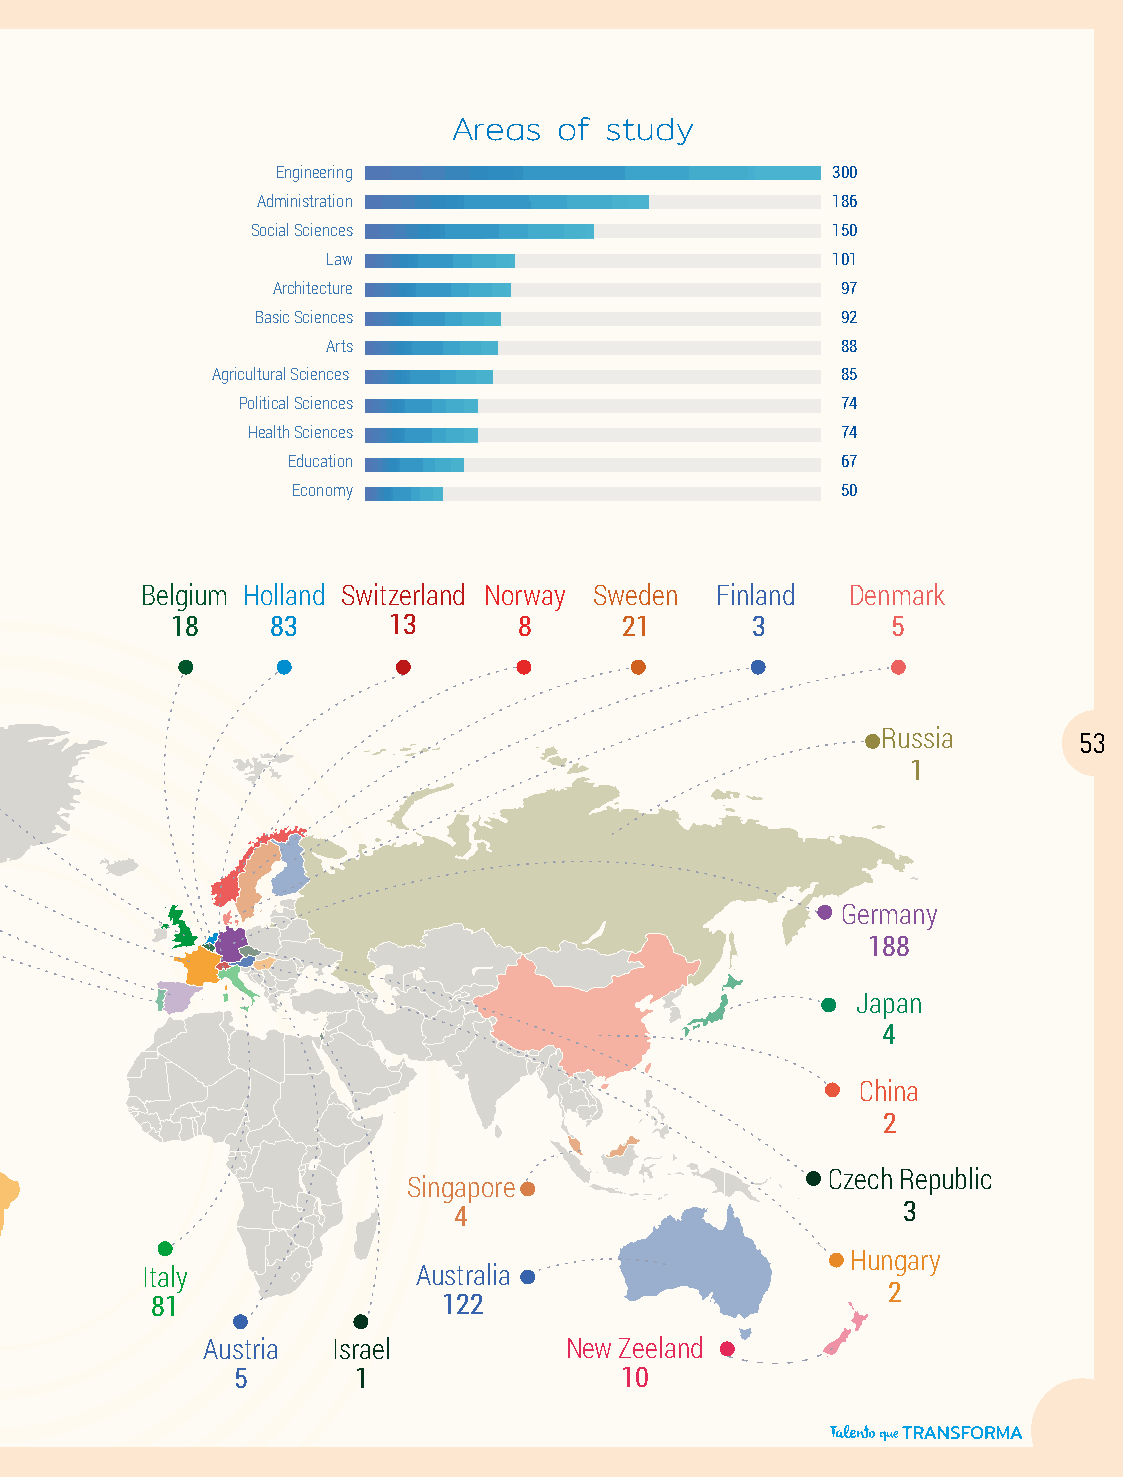
Areas  of study
 2019 Statistics
 Engineering                          300
 Administration                        186
 Social Sciences                       150
 Law                              101
 Architecture                          97
 55 57 49         Basic Sciences                         92
 ,1                    Arts                              88
 USD % %
 Agricultural Sciences                     85
 million strata 3 and 4 ages 26 to 30 Political Sciences 74
 Health Sciences                         74
 Education                            67
 Economy                              50
 141 Country of destination
 Portugal Spain France United Kingdom Belgium Holland Switzerland Norway Sweden Finland Denmark
 13 93 92 281 18   83      13      8      21       3        5
 Russia        53
 1
 52
 % 48
 %
 Germany
 188
 Japan
 Canada
 Region of origin
 4
 43
 48 %Bogotá                                               China
 14 %Antioquia                                             2
 United States
 8 %Valle 255
 Czech Republic
 5 %Santander               Singapore
 4 %Atlántico                  4                             3
 3 %Boyacá Mexico Brazil                                 Hungary
 Italy             Australia
 2 %Caldas 3 8                                              2
 81                 122
 1 %Risaralda
 1 %Norte de Santander Argentina Austria Israel New Zeeland
 1 %Nariño 2    5       1                 10